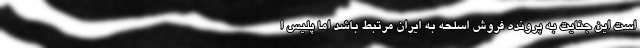
است این جنایت به پرونده فروش اسلحه به ایران مرتبط باشد اما پلیس ا